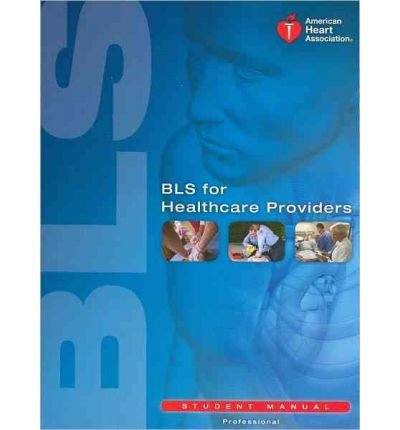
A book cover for [ BLS for Healthcare Providers Student Manual BY American Heart Association ( Author ) ] { Paperback } 2011; American Heart Association; Health, Fitness & Dieting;